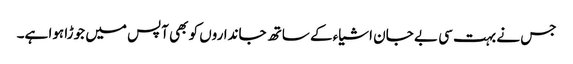
جس نے بہت سی بے جان اشیاء کے ساتھ جانداروں کو بھی آپس میں جوڑا ہوا ہے۔